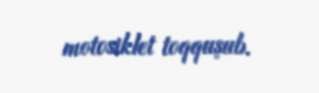
motosiklet toqquşub.